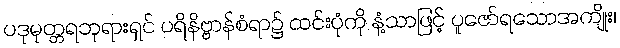
ပဒုမုတ္တရဘုရားရှင် ပရိနိဗ္ဗာန်စံရာ၌ ထင်းပုံကို နံ့သာဖြင့် ပူဇော်ရသောအကျိုး၊